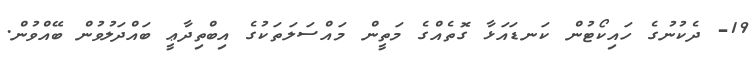
19- ދެކުނުގެ ހައިކޯޓުން ކަނޑައަޅާ ގޮތެއްގެ މަތީން މައްސަލަތަކުގެ އިބްތިދާޢީ ބައްދަލުވުން ބޭއްވުން.